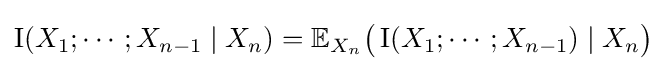
\operatorname {I} (X_{1};\cdots ;X_{n-1}\mid X_{n})=\mathbb {E} _{X_{n}}{\big (}\operatorname {I} (X_{1};\cdots ;X_{n-1})\mid X_{n}{\big )}